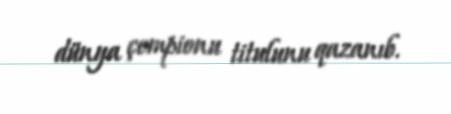
dünya çempionu titulunu qazanıb.